Leaving Certificate Examination, 1911
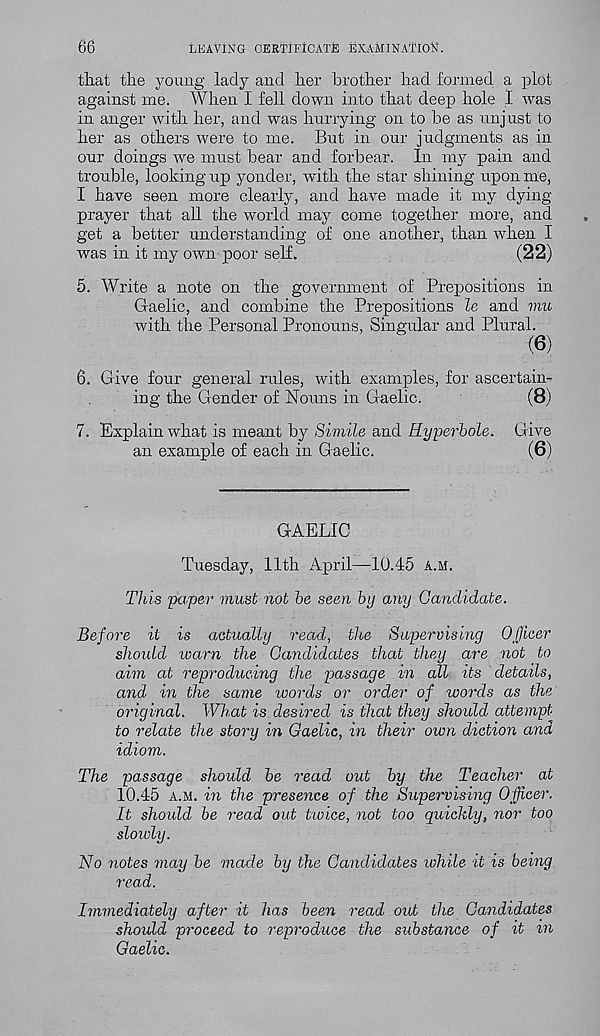
66
LEAVING CERTIFICATE EXAMINATION.
that the young lady and her brother had formed a plot
against me. When I fell down into that deep hole I was
in anger with her, and was hurrying on to be as unj ust to
her as others were to me. But in our judgments as in
our doings we must bear and forbear. In my pain and
trouble, looking up yonder, with the star shining upon me,
I have seen more clearly, and have made it my dying-
prayer that all the world may come together more, and
get a better understanding of one another, than when I
was in it my own poor self.
(22)
5. Write a note on the government of Prepositions in
Gaelic, and combine the Prepositions le and mu
with the Personal Pronouns, Singular and Plural.
(6)
6. Give four general rules, with examples, for ascertain-
ing the Gender of Nouns in Gaelic.
(8)
7. Explain what is meant by Simile and Hyperbole.
an example of each in Gaelic.
GAELIC
Tuesday, 11th April—10.45 A.M.
This paper must not be seen by any Candidate.
Before it is actually read, the Supervising Officer
should warn the Candidates that they are not to
aim at reproducing the passage in all its details,
and in the same words or order of words as the
original. What is desired is that they should attempt
to relate the story in Gaelic, in their own diction and
idiom.
The passage should be read out by the Teacher at
10.45 a.m. in the presence of the Supervising Officer.
It should be read out twice, not too quickly, nor too
sloioly.
No notes may be made by the Candidates while it is being
read.
Immediately after it has been read out the Candidates
should proceed to reproduce the substance of it in
Gaelic.
Give
(6)